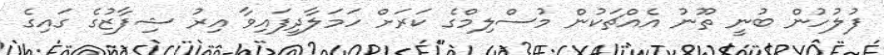
ފުލުހުން ބުނީ ތޫނު އެއްޗަކުން މުސްލިމްގެ ކަރަށް ހަމަލާދީފައިވާ އިރު ޝިފާޒުގެ ގައިގެ